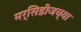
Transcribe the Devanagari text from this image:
मर्सिडीजच्या